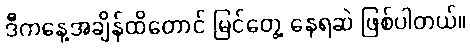
ဒီကနေ့အချိန်ထိတောင် မြင်တွေ့ နေရဆဲ ဖြစ်ပါတယ်။